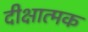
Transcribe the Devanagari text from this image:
दीक्षात्मक